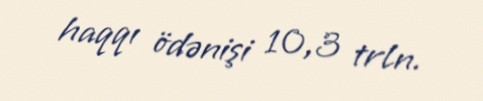
haqqı ödənişi 10,3 trln.